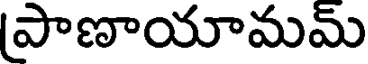
పాణాయామమ్